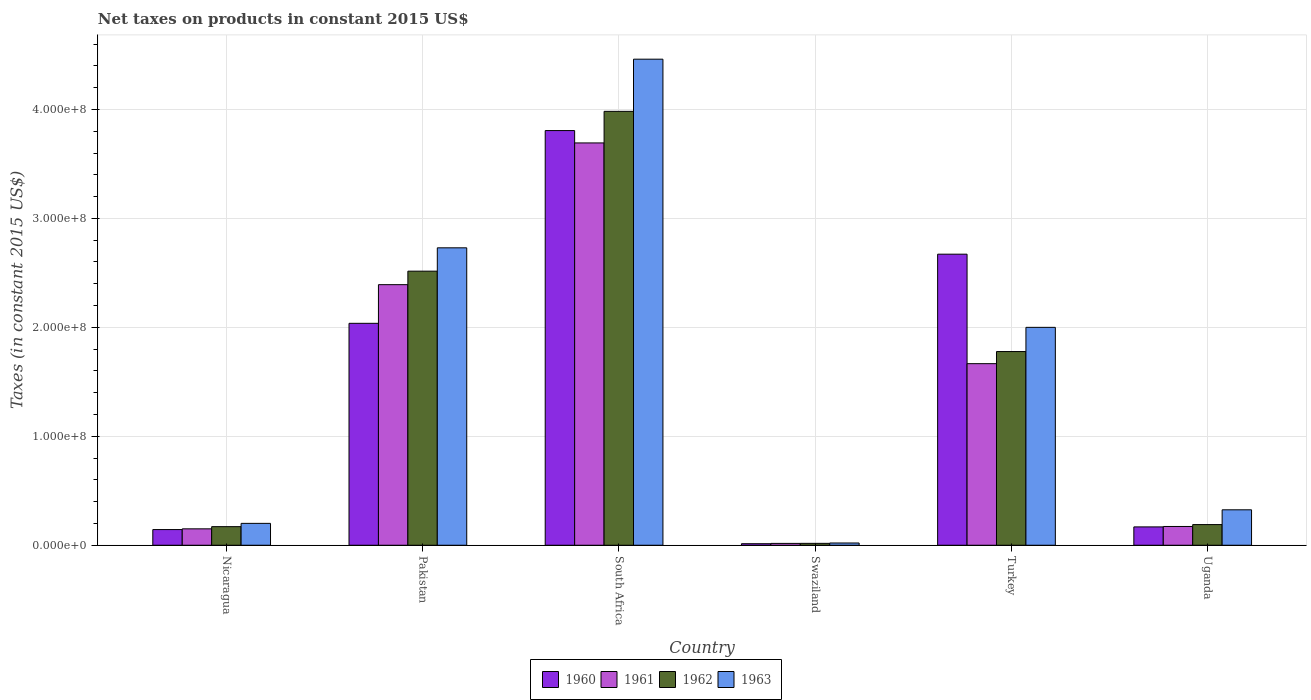
| Country | 1960 | 1961 | 1962 | 1963 |
 | --- | --- | --- | --- | --- |
 | Nicaragua | 1.44e+07 | 1.51e+07 | 1.71e+07 | 2.01e+07 |
 | Pakistan | 2.04e+08 | 2.39e+08 | 2.52e+08 | 2.73e+08 |
 | South Africa | 3.81e+08 | 3.69e+08 | 3.98e+08 | 4.46e+08 |
 | Swaziland | 1.4e+06 | 1.69e+06 | 1.73e+06 | 2.06e+06 |
 | Turkey | 2.67e+08 | 1.67e+08 | 1.78e+08 | 2e+08 |
 | Uganda | 1.68e+07 | 1.72e+07 | 1.9e+07 | 3.25e+07 |